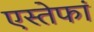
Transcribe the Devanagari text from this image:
एस्तेफां